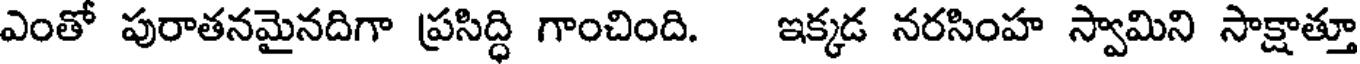
ఎంతో పురాతనమైనదిగా ప్రసిద్ధి గాంచింది. ఇక్కడ నరసింహ స్వామిని సాక్షాత్తూ